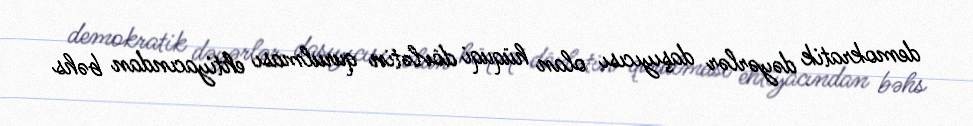
demokratik dəyərlər daşıyıcısı olan hüquqi dövlətin qurulması ehtiyacından bəhs